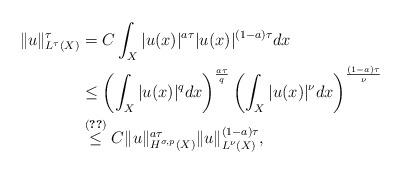
LaTeX: \begin{align*} \|u\|^{\tau}_{L^{\tau}(X)}&= C \int_{X}|u(x)|^{a\tau}|u(x)|^{(1-a)\tau}dx\\& \leq \left(\int_{X}|u(x)|^{q}dx\right)^{\frac{a\tau}{q}}\left(\int_{X}|u(x)|^{\nu}dx\right)^{\frac{(1-a)\tau}{\nu}}\\& \stackrel{\eqref{Sobolevin}}\leq C\|u\|^{a\tau}_{H^{\sigma,p}(X)}\|u\|^{(1-a)\tau}_{L^{\nu}(X)},\end{align*}